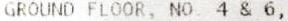
GROUND FLOOR, NO. 4 & 6,